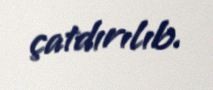
çatdırılıb.